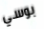
بوسي